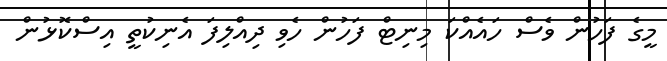
މީގެ ފަހުން ވެސް ހައެއްކަ މިނިޓް ފަހުން ހެވި ދިއްލިފަ އެނިކުތީ އިސްކޮޅުން